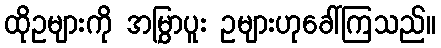
ထိုဥများကို အမြွှာပူး ဥများဟုခေါ်ကြသည်။